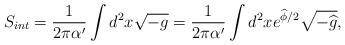
LaTeX: \begin{align*}S_{int}=\frac{1}{2\pi \alpha ^{\prime }}\int d^{2}x\sqrt{-g}=\frac{1}{2\pi\alpha ^{\prime }}\int d^{2}xe^{\widehat{\phi }/2}\sqrt{-\widehat{g}},\end{align*}